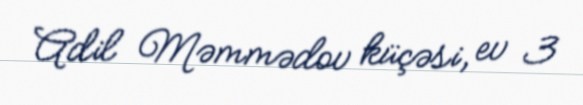
Adil Məmmədov küçəsi, ev 3